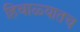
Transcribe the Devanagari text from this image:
हिवाळ्यातच